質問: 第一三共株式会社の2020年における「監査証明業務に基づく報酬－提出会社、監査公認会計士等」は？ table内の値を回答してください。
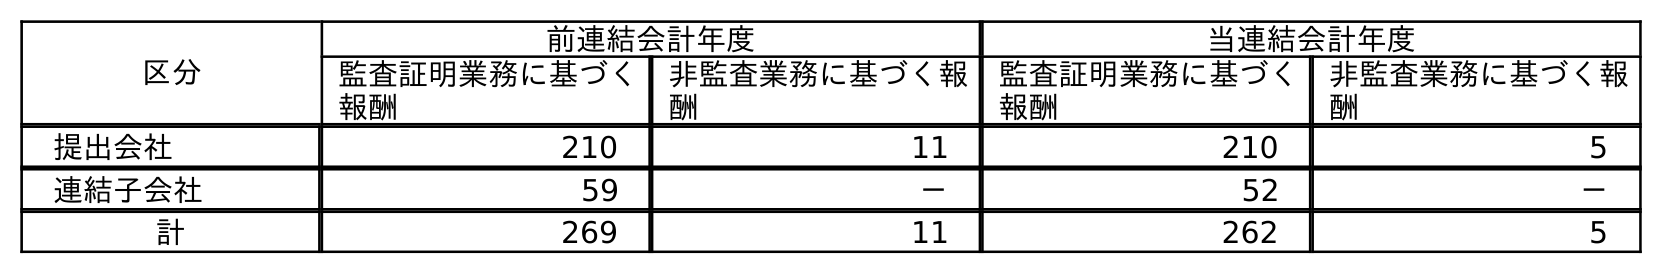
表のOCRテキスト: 区分 前連結会計年度 当連結会計年度 監査証明業務に基づく 報酬 非監査業務に基づく報 酬 監査証明業務に基づく 報酬 非監査業務に基づく報 酬 提出会社 210 11 210 5 連結子会社 59 － 52 － 計 269 11 262 5
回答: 210